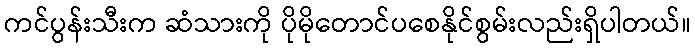
ကင်ပွန်းသီးက ဆံသားကို ပိုမိုတောင်ပစေနိုင်စွမ်းလည်းရှိပါတယ်။